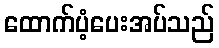
ထောက်ပံ့ပေးအပ်သည်